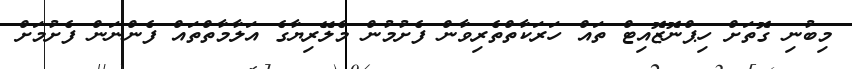
މިބުނި ގޮތަށް ހިޕްނޮޒޮއިޓް ތައް ހަރަކާތްތެރިވާން ފެށުމުން މެލޭރިޔާގެ އަލާމާތްތައް ފެންނަން ފެށުމަށް